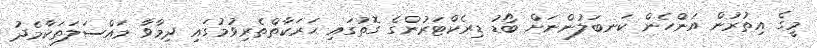
މީގެ އިތުރުން އަންހެން ކަނބަލުންނަށް ބޯޑު ޑިރެކްޓަރުންގެ ގޮތުގައި ޙަރަކާތްތެރިވުމުގައި ދިމާވާ މައްސަލަތަކާމެދު